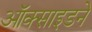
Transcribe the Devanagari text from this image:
ऑक्साइडने